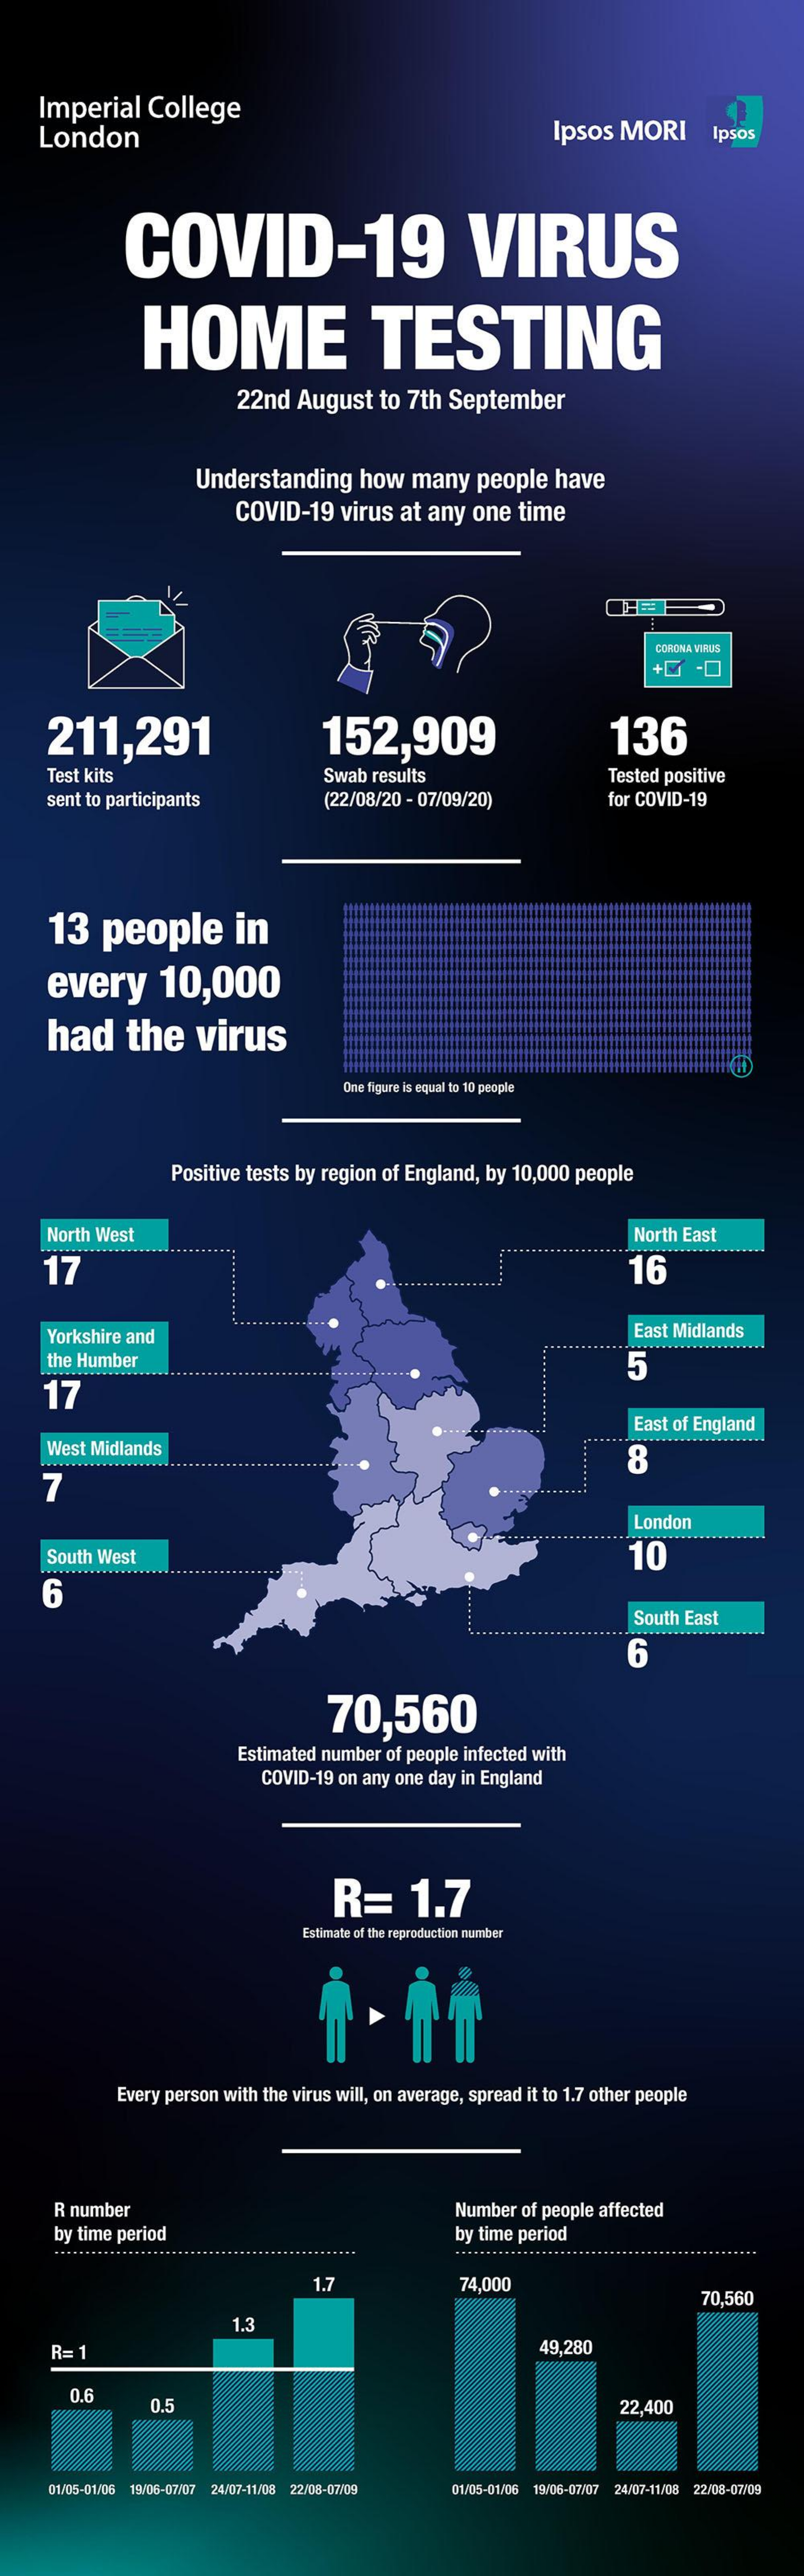
Imperial    College
     London    Ipsos   MORI    Ipsos
     COVID-19    VIRUS
     HOME    TESTING
     22nd   August    to  7th  September
     Understanding    how   many    people    have
     COVID-19    virus  at any   one   time
     CORONA VIRUS
     211,291    152,909    136
     Test kits    Swab  results    Tested positive
     sent to participants    (22/08/20 - 07/09/20)    for COVID-19
     13    people    in
     every    10,000
     had    the    virus
     One figure is equal to 10 people
     Positive tests by region  of England,  by 10,000  people
     North West    North East
     17    16
     Yorkshire and    East Midlands
     the Humber
     17
     5
     East of England
     West Midlands
     7
     8
     London
     South West    10
     6
     South East
     6
     70,560
     Estimated number  of people infected with
     COVID-19 on  any one day in England
     R=    1.7
     Estimate of the reproduction number
     Every person with the virus will, on average, spread it to 1.7 other people
     R number    Number  of people affected
     by time period    by time period
     ....................    ......................
     1.7    74,000
     70,560
     1.3
     R=  1    49,280
     0.6
     0.5    22,400
     01/05-01/06 19/06-07/07 24/07-11/08 22/08-07/09   01/05-01/06 19/06-07/07 24/07-11/08 22/08-07/09